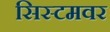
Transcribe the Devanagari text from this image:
सिस्टमवर